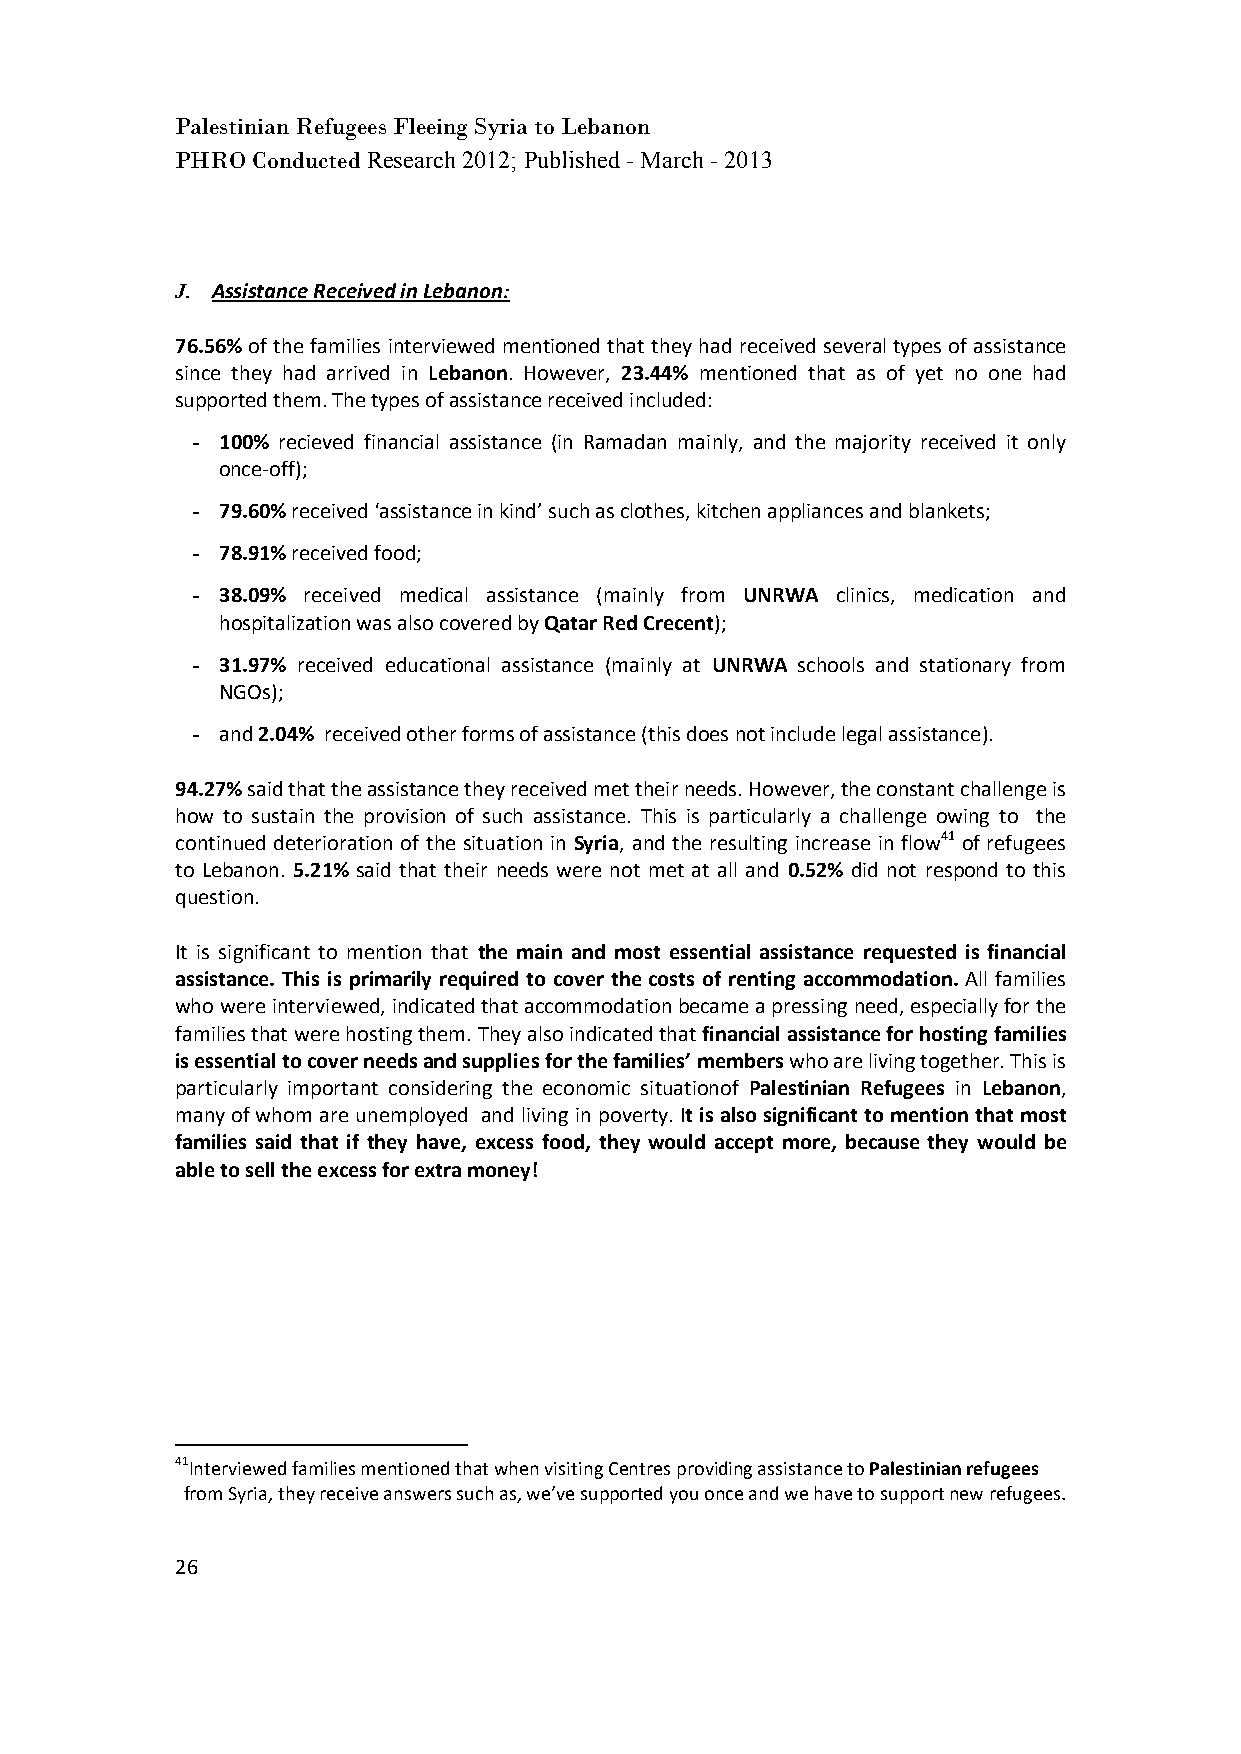
Palestinian Refugees Fleeing Syria to Lebanon
 PHRO Conducted Research 2012; Published - March - 2013
 J. Assistance Received in Lebanon:
 76.56% of the families interviewed mentioned that they had received several types of assistance
 since they had arrived in Lebanon. However, 23.44% mentioned that as of yet no one had
 supported them. The types of assistance received included:
 - 100% recieved financial assistance (in Ramadan mainly, and the majority received it only
 once-off);
 - 79.60% received ‘assistance in kind’ such as clothes, kitchen appliances and blankets;
 - 78.91% received food;
 - 38.09% received medical assistance (mainly from UNRWA clinics, medication and
 hospitalization was also covered by Qatar Red Crecent);
 - 31.97% received educational assistance (mainly at UNRWA schools and stationary from
 NGOs);
 - and 2.04% received other forms of assistance (this does not include legal assistance).
 94.27% said that the assistance they received met their needs. However, the constant challenge is
 how to sustain the provision of such assistance. This is particularly a challenge owing to the
 continued deterioration of the situation in Syria, and the resulting increase in flow41 of refugees
 to Lebanon. 5.21% said that their needs were not met at all and 0.52% did not respond to this
 question.
 It is significant to mention that the main and most essential assistance requested is financial
 assistance. This is primarily required to cover the costs of renting accommodation. All families
 who were interviewed, indicated that accommodation became a pressing need, especially for the
 families that were hosting them. They also indicated that financial assistance for hosting families
 is essential to cover needs and supplies for the families’ members who are living together. This is
 particularly important considering the economic situationof Palestinian Refugees in Lebanon,
 many of whom are unemployed and living in poverty. It is also significant to mention that most
 families said that if they have, excess food, they would accept more, because they would be
 able to sell the excess for extra money!
 41Interviewed families mentioned that when visiting Centres providing assistance to Palestinian refugees
 from Syria, they receive answers such as, we’ve supported you once and we have to support new refugees.
 26